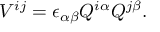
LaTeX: V ^ { i j } = \epsilon _ { \alpha \beta } Q ^ { i \alpha } Q ^ { j \beta } .